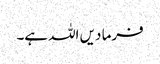
فرما دیں اللہ ہے۔